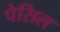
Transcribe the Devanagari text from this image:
पेसिल